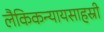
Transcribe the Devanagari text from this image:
लैकिकन्यायसाहस्री